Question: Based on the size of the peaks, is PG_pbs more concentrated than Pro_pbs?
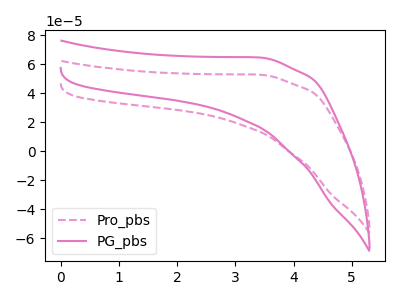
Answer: <think>The pink dashed curve "Pro_pbs" has no peaks. The pink curve "PG_pbs" has no peaks.
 Neither "Pro_pbs" or "PG_pbs" have any peaks.</think>
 <answer>I cant tell if "Pro_pbs" or "PG_pbs" has higher concentration.</answer>
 <eval>mixed_concentration</eval>